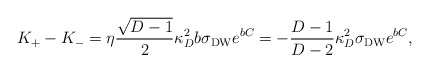
\begin{align*}K_+-K_-=\eta{\sqrt{D-1}\over 2}\kappa^2_Db\sigma_{\rm DW}e^{bC}=-{{D-1}\over{D-2}}\kappa^2_D\sigma_{\rm DW}e^{bC},\end{align*}